Taavet_Bergmanni_abiraha_sihtasutus, lk 20
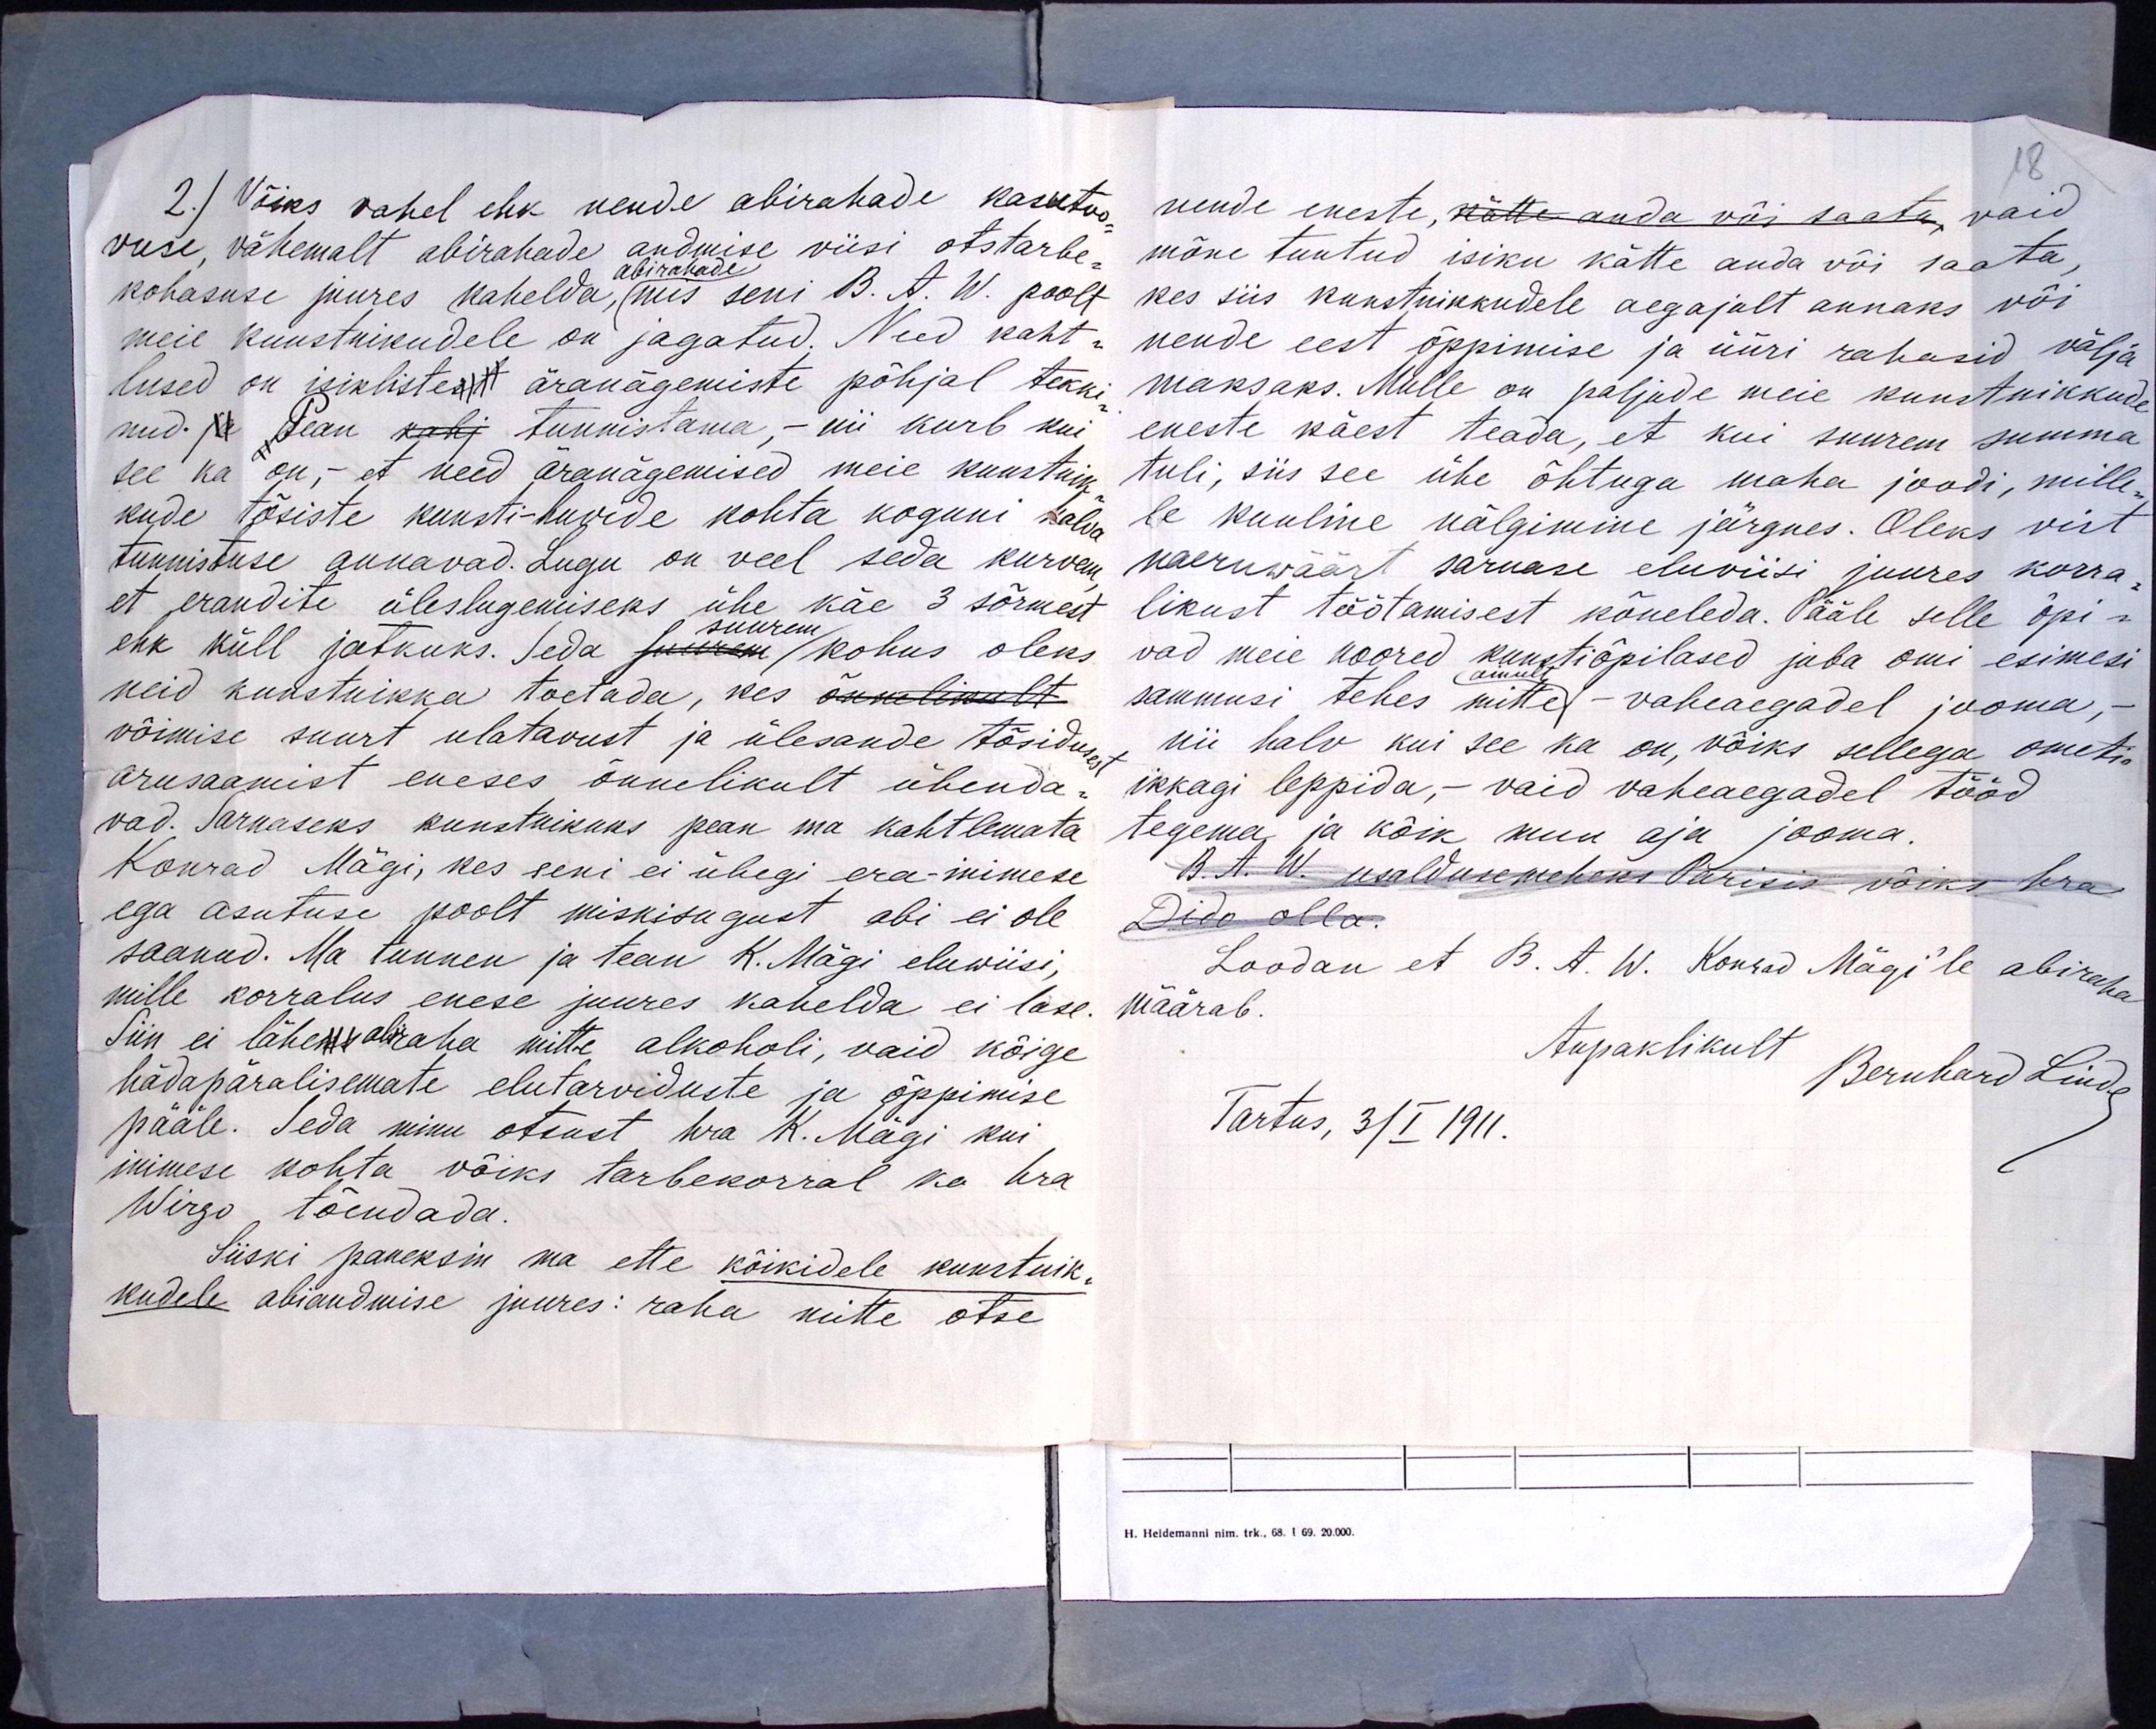
2.) Võiks vahel ehk nende abirahade kasutoo-
vuse, vähemalt abirahade andmise viisi otstarbe-
abirahade
kohasuse juures kahelda, mis seni B. A. W. poolt
meie kunstnikudele on jagatud. Need kaht-
lused on isiklistest äranägemiste põhjal tekki-
nud. ja Pean kahj tunnistama, - nii kurb kui
see ka on,- et need äranägemised meie kunstnik-
kude tõsiste kunsti-huvide kohta koguni halva
tunnistuse annavad. Lugu on veel seda kurvem,
et erandite üleslugemiseks ühe käe 3 sõrmest
ehk küll jatkuks. Seda suurem kohus oleks
suurem
neid kunstnikka toetada, kes õnnelikult
võimise suurt ulatavust ja ülesande tõsidusest
arusaamist eneses õnnelikult ühenda-
vad. Sarnaseks kunstnikuks pean ma kahtlemata
Konrad Mägi, kes seni ei ühegi era-inimese
ega asutuse poolt miskisugust abi ei ole
saanud. Ma tunnen ja tean K. Mägi eluwiisi,
mille korralus enese juures kahelda ei lase.
Siin ei läheks abiraha mitte alkoholi, vaid kõige
hädapäralisemate elutarviduste ja õppimise
pääle. Seda minu otsust hra K. Mägi kui
inimese kohta võiks tarbekorral ka hra
Wirgo tõendada.
Siiski paneksin ma ette kõikidele kunstnik-
kudele abiandmise juures: raha mitte otse

18
nende eneste, kätte anda või saata, vaid
mõne tuntud isiku kätte anda või saata,
kes siis kunstnikkudele aegajalt annaks või
nende eest õppimise ja üüri rahasid välja
maksaks. Mulle on paljude meie kunstnikkude
eneste käest teada, et kui suurem summa
tuli, siis see ühe õhtuga maha joodi, mille-
le kuuline nälgimine järgnes. Oleks vist
naeruwäärt sarnase eluviisi juures korra-
likust töötamisest kõneleda. Pääle selle õpi-
vad meie noored kunstiõpilased juba omi esimesi
ainult
sammusi tehes mitte - vaheaegadel jooma, -
nii halv kui see ka on, võiks sellega ometi
ikkagi leppida, - vaid vaheaegadel tööd
tegema ja kõik muu aja jooma.
B. A. W. usaldusemeheks Parisis võiks hra
Dido olla.
Loodan et B. A. W. Konrad Mägi'le abiraha
määrab.
Aupaklikult Bernhard Linde
Tartus, 3/I 1911.